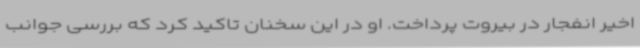
اخیر انفجار در بیروت پرداخت. او در این سخنان تاکید کرد که بررسی جوانب